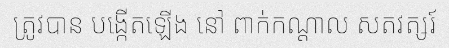
ត្រូវបាន បង្កើតឡើង នៅ ពាក់កណ្តាល សតវត្សរ៍